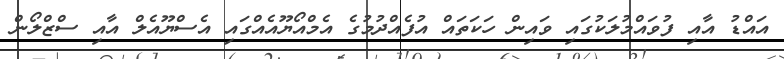
އައްޑު އާއި ފުވައްމުލަކުގައި ވައިން ހަކަތައް އުފެއްދުމުގެ އެމްއޯޔޫއެއްގައި އެސްޔޫއެލް އާއި ސްޒްލޯން